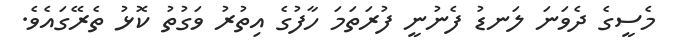
މެސީގެ ދެވަނަ ލަނޑު ފެނުނީ ފުރަތަމަ ހާފުގެ އިތުރު ވަގުތު ކޮޅު ތެރޭގައެވެ.